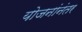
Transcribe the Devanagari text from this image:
योजनांनंतर